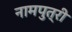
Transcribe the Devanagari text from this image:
नामपुत्री